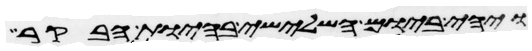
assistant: ויהי ביום השלישי בהיות הבקר